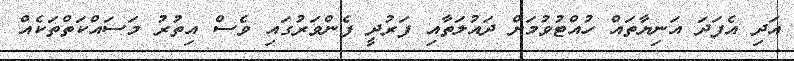
އަދި އެފަދަ އަނިޔާތައް ހުއްޓުވުމަށް ދައުލަތާއި ފަރުދީ ފެންވަރުގައި ވެސް އިތުރު މަސައްކަތްތަކެއް